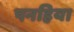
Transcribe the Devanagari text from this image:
पनहिया